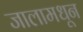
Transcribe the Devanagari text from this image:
जालामधून